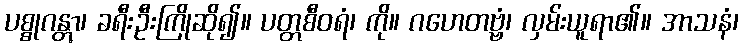
ပစ္စုဂန္တွာ၊ ခရီးဦးကြိုဆို၍။ ပတ္တစီဝရံ၊ ကို။ ဂဟေတဗ္ဗံ၊ လှမ်းယူရာ၏။ အာသနံ၊